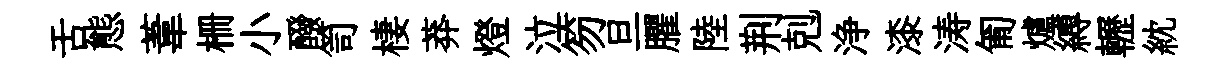
舌態葦栅小醱笥棲莽燈泣笏旦臞陸荆剋浄漆涛匍爐縛轣紞